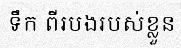
ទឹក ពីរបងរបស់ខ្លួន